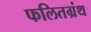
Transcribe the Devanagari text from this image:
फलितग्रंथ